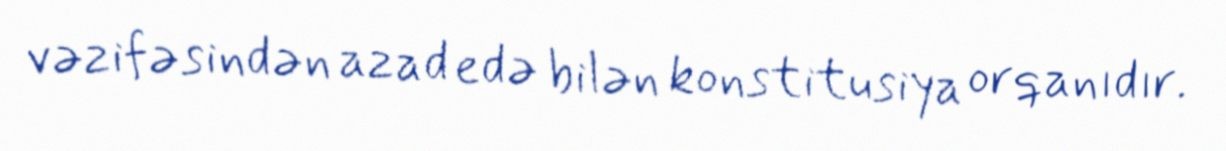
vəzifəsindən azad edə bilən konstitusiya orqanıdır.